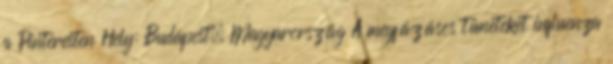
a Pinteresten Hely: Budapest, Magyarország A megfázásos tüneteket influenza